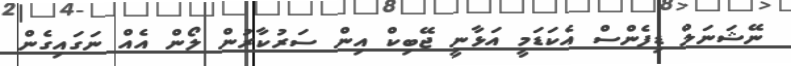
ނޭޝަނަލް ޑިފެންސް އެކަޑަމީ އަޅާނީ ޖޭބިކް އިން ސަރުކާރުން ލޯން އެއް ނަގައިގެން